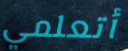
أتعلمي